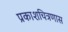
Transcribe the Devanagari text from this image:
प्रकाशचित्रणास